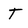
Character: t